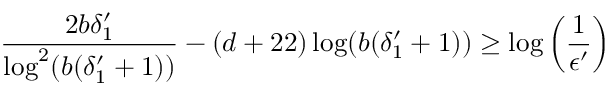
\frac { 2 b \delta _ { 1 } ^ { \prime } } { \log ^ { 2 } ( b ( \delta _ { 1 } ^ { \prime } + 1 ) ) } - ( d + 2 2 ) \log ( b ( \delta _ { 1 } ^ { \prime } + 1 ) ) \geq \log \left( \frac { 1 } { \epsilon ^ { \prime } } \right)